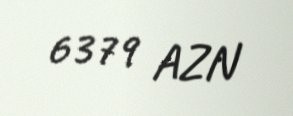
6379 AZN